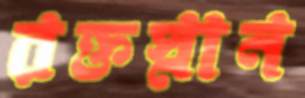
রক্তস্নান